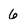
Character: 6